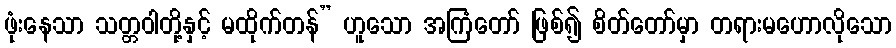
ဖုံးနေသာ သတ္တဝါတို့နှင့် မထိုက်တန်” ဟူသော အကြံတော် ဖြစ်၍ စိတ်တော်မှာ တရားမဟောလိုသော